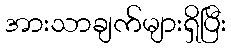
အားသာချက်များရှိပြီး